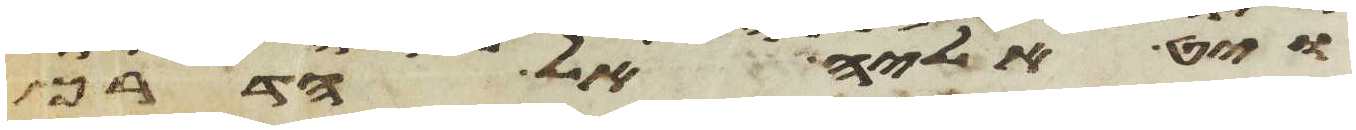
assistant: ויט אליה אל הדרך